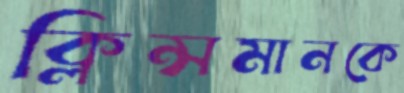
ক্লিন্সমানকে